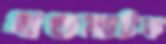
খণ্ডনাটক